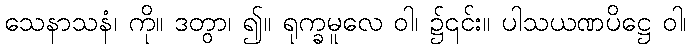
သေနာသနံ၊ ကို။ ဒတွာ၊ ၍။ ရုက္ခမူလေ ဝါ၊ ၌၎င်း။ ပါသယဏပိဋ္ဌေ ဝါ၊